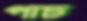
পাঢ